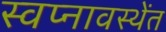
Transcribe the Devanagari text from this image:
स्वप्नावस्थेंत